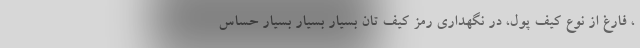
، فارغ از نوع کیف پول، در نگهداری رمز کیف تان بسیار بسیار بسیار حساس